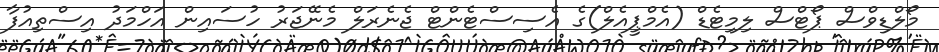
މޯލްޑިވްސް ޕޯޓްސް ލިމިޓެޑް (އެމްޕީއެލް)ގެ އެސިސްޓެންޓް ޖެނެރަލް މެނޭޖަރު ހުސައިން އަހްމަދު އިސްތިއުފާ